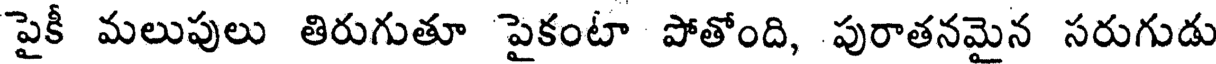
పైకీ మలుపులు తిరుగుతూ పైకంటా పోతోంది, పురాతనమైన సరుగుడు